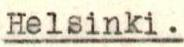
Helsinki.